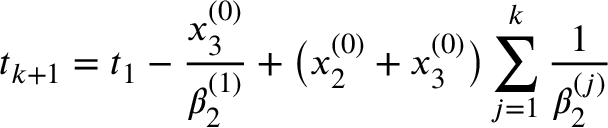
t _ { k + 1 } = t _ { 1 } - \frac { x _ { 3 } ^ { ( 0 ) } } { \beta _ { 2 } ^ { ( 1 ) } } + \bigl ( x _ { 2 } ^ { ( 0 ) } + x _ { 3 } ^ { ( 0 ) } \bigr ) \sum _ { j = 1 } ^ { k } \frac { 1 } { \beta _ { 2 } ^ { ( j ) } }